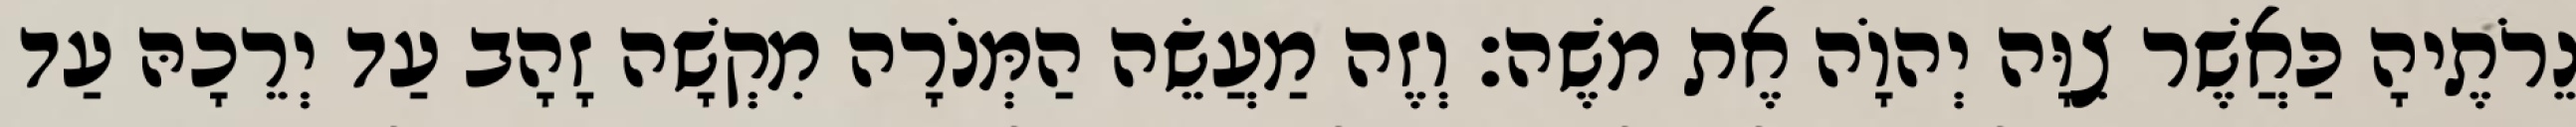
נֵרֹתֶיהָ כַּאֲשֶׁר צִוָּה יְהוָֹה אֶת משֶׁה׃ וְזֶה מַעֲשֵׂה הַמְּנֹרָה מִקְשָׁה זָהָב עַד יְרֵכָהּ עַד